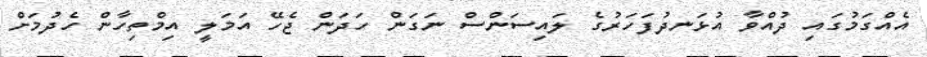
އެއްގަމުގައި ދުއްވާ އުޅަނދުފަހަރުގެ ލައިސަންސް ނަގަން ހަދަން ޖެހޭ އަމަލީ އިމްތިހާން ހެދުމަށް